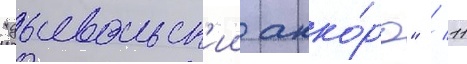
"дьявольск'ии акко́рд" / 11